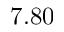
7 . 8 0